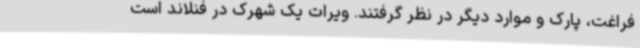
فراغت، پارک و موارد دیگر در نظر گرفتند. ویرات یک شهرک در فنلاند است